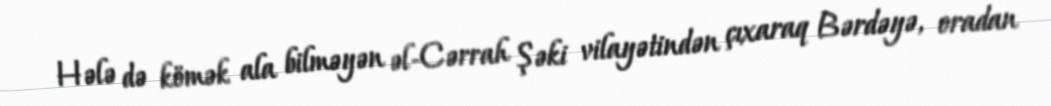
Hələ də kömək ala bilməyən əl-Cərrah Şəki vilayətindən çıxaraq Bərdəyə, oradan